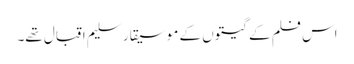
اس فلم کے گیتوں کے موسیقار سلیم اقبال تھے۔